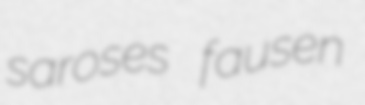
saroses fausen